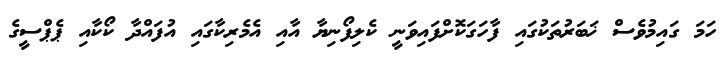
ހަމަ ގައިމުވެސް ޚަބަރުތަކުގައި ފާހަގަކޮށްފައިވަނީ ކެލިފޯނިޔާ އާއި އެމެރިކާގައި އުފައްދާ ކޯކާއި ޕެޕްސީގެ